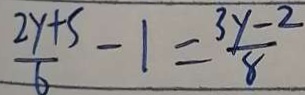
\frac { 2 y + 5 } { 6 } - 1 = \frac { 3 y - 2 } { 8 }